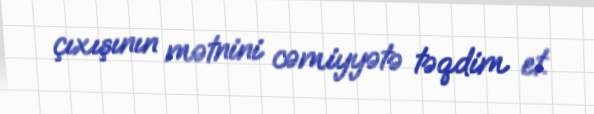
çıxışının mətnini cəmiyyətə təqdim et.